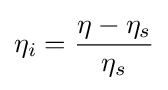
\eta _{i}={\frac {\eta -\eta _{s}}{\eta _{s}}}